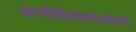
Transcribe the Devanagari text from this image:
अपरीक्षितकारकम्